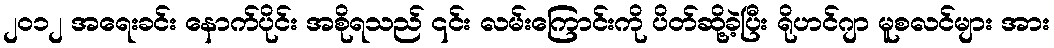
၂၀၁၂ အရေးခင်း နောက်ပိုင်း အစိုရသည် ၎င်း လမ်းကြောင်းကို ပိတ်ဆို့ခဲ့ပြီး ရိုဟင်ဂျာ မူစလင်များ အား